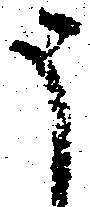
申